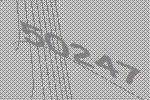
50247